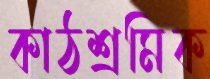
কাঠশ্রমিক